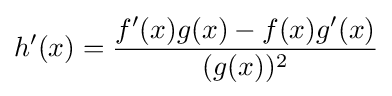
h'(x)={\frac {f'(x)g(x)-f(x)g'(x)}{(g(x))^{2}}}